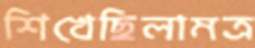
শিখেছিলামত্র